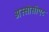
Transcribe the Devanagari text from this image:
अस्सोसीएट